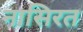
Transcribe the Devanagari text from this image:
नासिरत